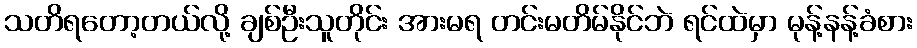
သတိရတော့တယ်လို့ ချစ်ဦးသူတိုင်း အားမရ တင်းမတိမ်နိုင်ဘဲ ရင်ထဲမှာ မုန့်နန့်ခံစား